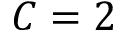
C = 2